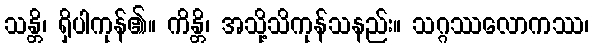
သန္တိ၊ ရှိပါကုန်၏။ ကိန္တိ၊ အသို့သိကုန်သနည်း။ သဂ္ဂဿလောကဿ၊